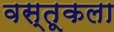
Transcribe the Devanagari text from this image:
वस्तूकला